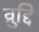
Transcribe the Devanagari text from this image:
व्रुद्दि